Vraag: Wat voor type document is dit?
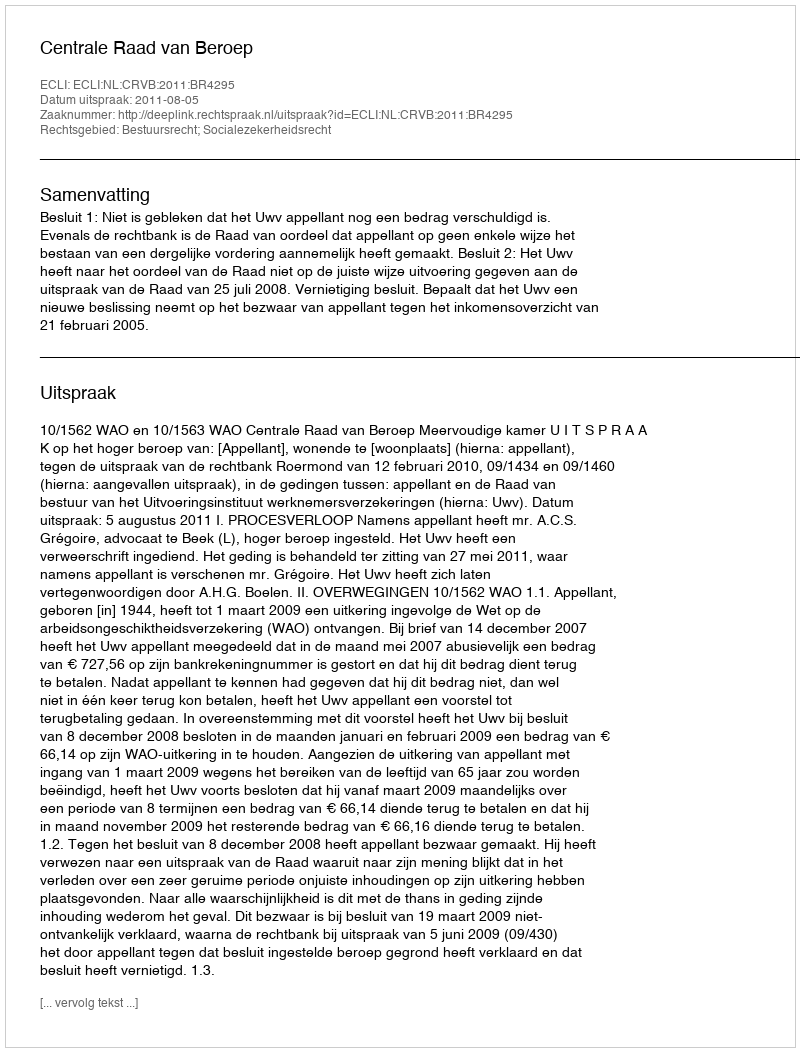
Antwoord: Uitspraak